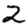
Digit: 2